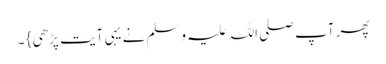
پھر آپ صلی اللہ علیہ وسلم نے یہی آیت پڑھی } ۔